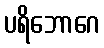
ပရိဘောဂေ